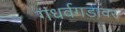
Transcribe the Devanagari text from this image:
गंधर्वगडावर